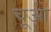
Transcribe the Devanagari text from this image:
चूओ